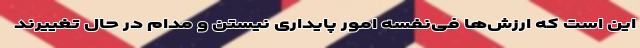
این است که ارزش‌ها فی‌نفسه امور پایداری نیستن و مدام در حال تغییرند